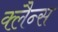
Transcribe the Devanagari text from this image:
क्लैन्स